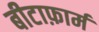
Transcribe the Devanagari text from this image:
बीटाफ़ार्म